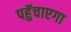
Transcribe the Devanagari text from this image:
पहुॅचाएगा